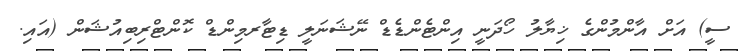
ސީ) އަށް އާންމުންގެ ޚިޔާލު ހޯދަނީ އިންޓެންޑެޑް ނޭޝަނަލީ ޑިޓާރމިންޑް ކޮންޓްރިބިއުޝަން (އައި.